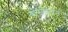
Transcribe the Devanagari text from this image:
बोरनियन